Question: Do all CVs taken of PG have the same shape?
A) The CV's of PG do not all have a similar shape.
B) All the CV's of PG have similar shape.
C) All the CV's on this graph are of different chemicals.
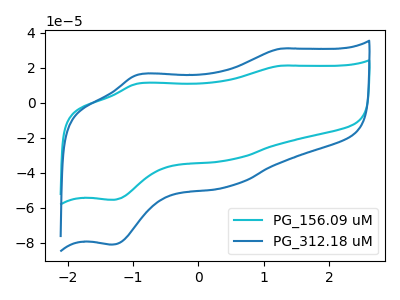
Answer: <think>The cyan curve "PG_156.09 uM" has anodic peaks at (1.25V, 21.15uA) (-0.95V, 10.95uA) and cathodic peaks at (0.45V, -32.80uA) (-1.35V, -55.50uA). The blue curve "PG_312.18 uM" has anodic peaks at (1.25V, 30.90uA) (-0.95V, 15.95uA) and cathodic peaks at (0.45V, -47.95uA) (-1.35V, -81.10uA).
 All the peaks in "PG_156.09 uM" have a peak in "PG_312.18 uM" at the same potential. Every peak in "PG_156.09 uM" is lower than every peak in "PG_312.18 uM".</think>
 <answer>B) All the CV's of "PG" have similar shape.</answer>
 <eval>B</eval>